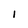
Character: 1